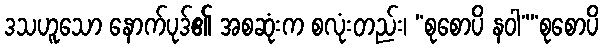
ဒသဟူသော နောက်ပုဒ်၏ အစဆုံးက စလုံးတည်း၊ “စုစောပိ နဝါ”“စုစောပိ